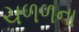
ચળળના